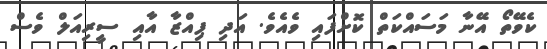
ކެވޭތޯ އޭނާ މަސައްކަތް ކޮށްފައި ވެއެވެ. އަދި ޕިއްޒާ އާއި ސީރިއަލް ވެސް